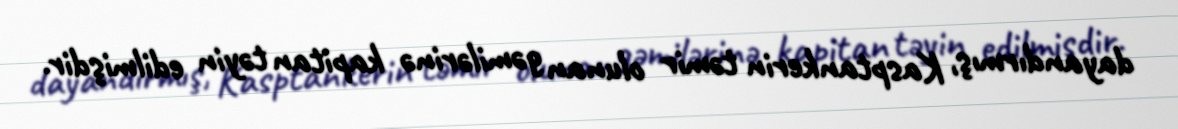
dayandırmış, Kasptankerin təmir olunan gəmilərinə kapitan təyin edilmişdir.